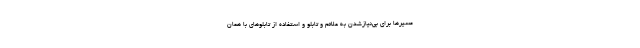
مسیرها برای بی‌نیازشدن به علائم و تابلو و استفاده از تابلوهای با همان